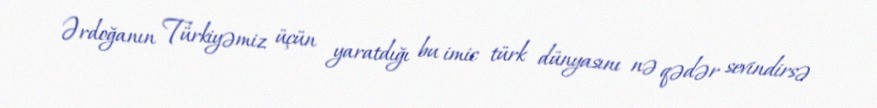
Ərdoğanın Türkiyəmiz üçün yaratdığı bu imic türk dünyasını nə qədər sevindirsə